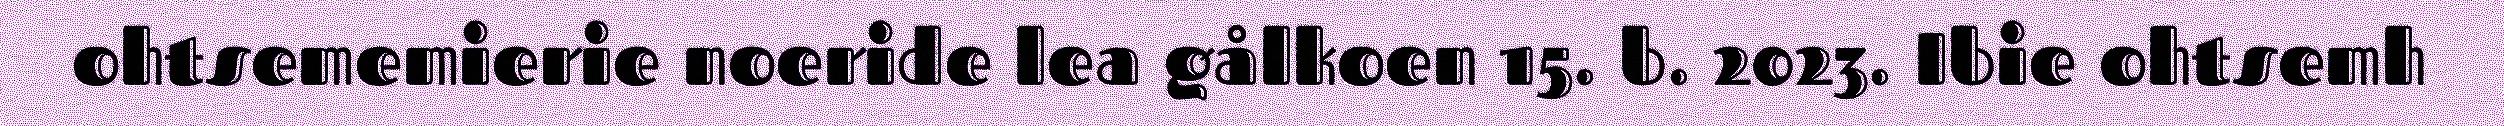
ohtsememierie noeride lea gålkoen 15. b. 2023. Ibie ohtsemh